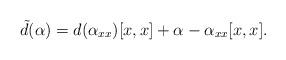
LaTeX: \begin{align*} \tilde d(\alpha)=d(\alpha_{xx})[x,x]+\alpha-\alpha_{xx}[x,x]. \end{align*}